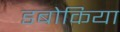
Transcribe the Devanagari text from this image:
डबोकिया